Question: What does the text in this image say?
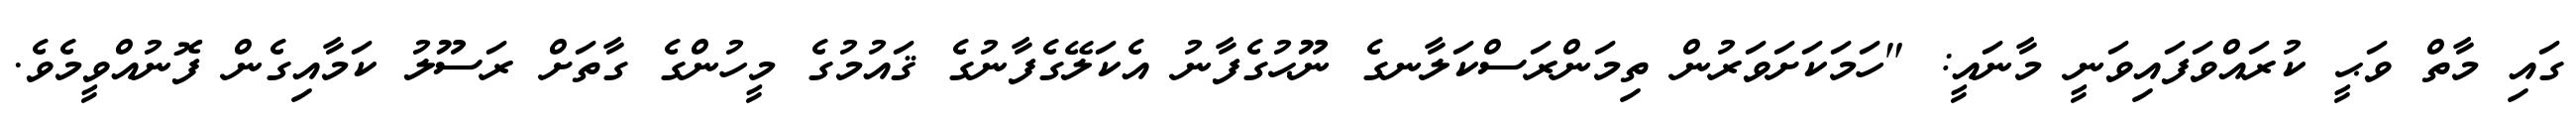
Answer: ގައި މާތް ވަޙީ ކުރައްވަފައިވަނީ މާނައީ: "ހަމަކަށަވަރުން ތިމަންރަސްކަލާނގެ ނޫޙުގެފާނު އެކަލޭގެފާނުގެ ޤައުމުގެ މީހުންގެ ގާތަށް ރަސޫލު ކަމާއިގެން ފޮނުއްވީމެވެ.